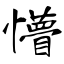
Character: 懵